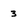
Character: 3